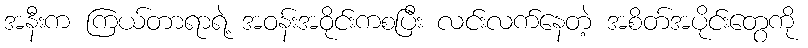
အနီးက ကြယ်တာရာရဲ့ အဝန်းအဝိုင်းကစပြီး လင်းလက်နေတဲ့ အစိတ်အပိုင်းတွေကို